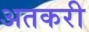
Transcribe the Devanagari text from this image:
अतकरी